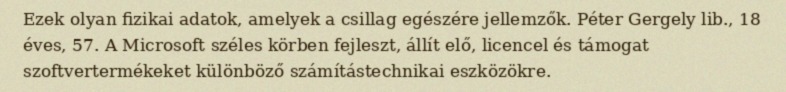
Ezek olyan fizikai adatok, amelyek a csillag egészére jellemzők. Péter Gergely lib., 18 éves, 57. A Microsoft széles körben fejleszt, állít elő, licencel és támogat szoftvertermékeket különböző számítástechnikai eszközökre.